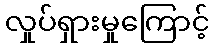
လှုပ်ရှားမှုကြောင့်